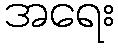
အရေး